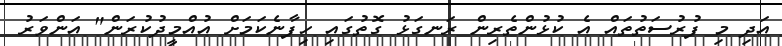
އަދި މި ފުރުސަތުތައް އެ ކުޅުންތެރިން ރަނގަޅު ގޮތުގައި ހިފާނެކަމަށް އުއްމީދުކުރަން" އަންވަރު